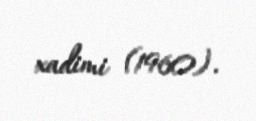
xadimi (1960).